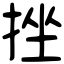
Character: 挫